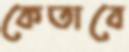
কেতাবে